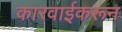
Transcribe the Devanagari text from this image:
कारवाईकरून